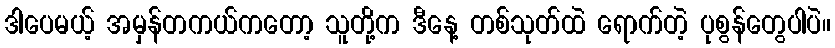
ဒါပေမယ့် အမှန်တကယ်ကတော့ သူတို့က ဒီနေ့ တစ်သုတ်ထဲ ရောက်တဲ့ ပုစွန်တွေပါပဲ။